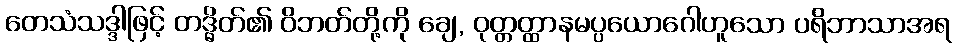
တေသံသဒ္ဒါဖြင့် တဒ္ဓိတ်၏ ဝိဘတ်တို့ကို ချေ, ဝုတ္တတ္ထာနမပ္ပယောဂေါဟူသော ပရိဘာသာအရ